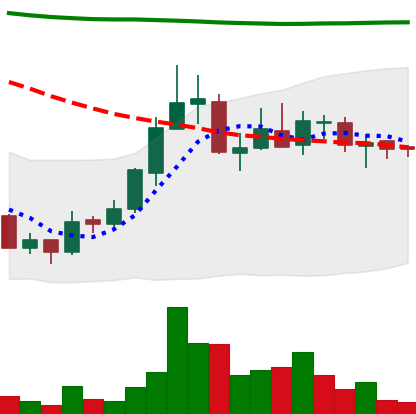
Ticker: ADA-USD
Chart end date: 2018-07-29
Forward return: -20.242%
Label: down_7plus